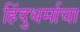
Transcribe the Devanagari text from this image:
हिंदुधर्माचा